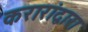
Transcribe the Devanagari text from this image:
करारांद्वारा